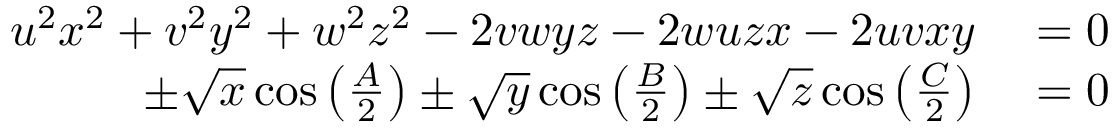
\begin{array} { r l } { u ^ { 2 } x ^ { 2 } + v ^ { 2 } y ^ { 2 } + w ^ { 2 } z ^ { 2 } - 2 v w y z - 2 w u z x - 2 u v x y } & { { } = 0 } \\ { \pm { \sqrt { x } } \cos \left( { \frac { A } { 2 } } \right) \pm { \sqrt { y } } \cos \left( { \frac { B } { 2 } } \right) \pm { \sqrt { z } } \cos \left( { \frac { C } { 2 } } \right) } & { { } = 0 } \end{array}